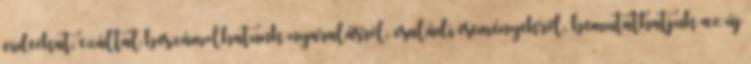
videókat, ezáltal beszámolhatunk nyaralásról, családi eseményekről, bemutathatjuk az új